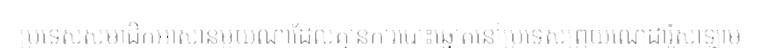
ប្រទេសសមាជិកអាស៊ានមួយណាដែលគ្មានការបោះឆ្នោតនៅប្រទេសព្រុយណេដារ៉ូសាឡាម